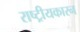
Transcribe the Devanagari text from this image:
राष्ट्रीयकारन